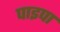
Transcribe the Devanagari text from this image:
पाइपा